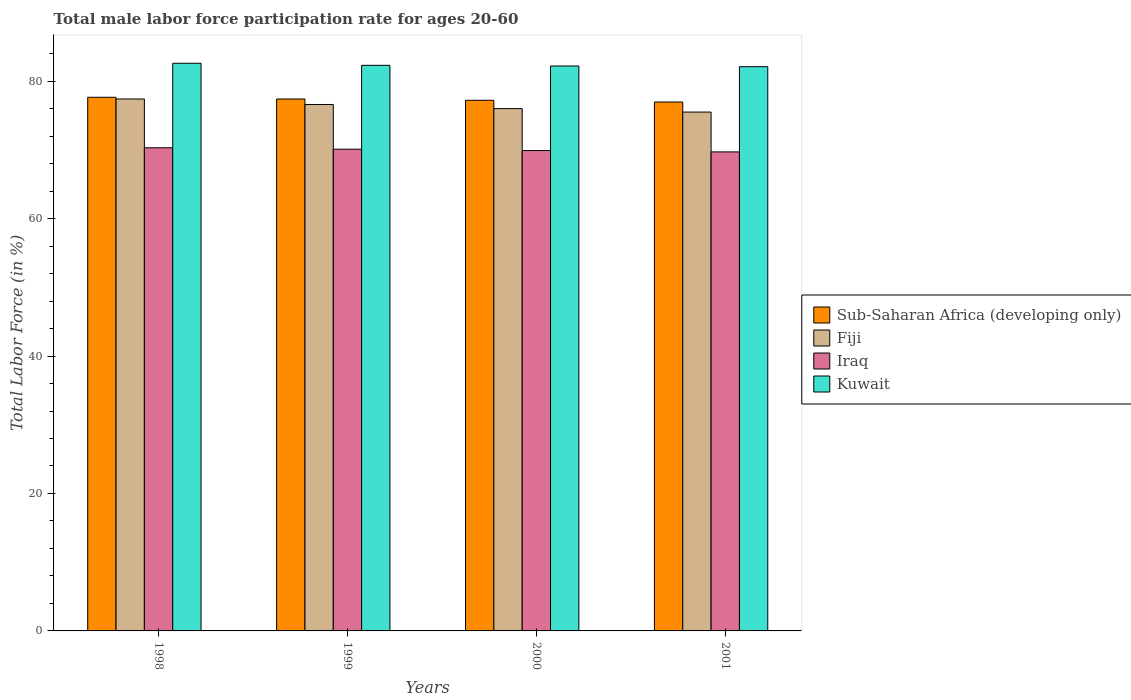
| Years | Sub-Saharan Africa (developing only) | Fiji | Iraq | Kuwait |
 | --- | --- | --- | --- | --- |
 | 1998 | 77.6 | 77.4 | 70.3 | 82.6 |
 | 1999 | 77.4 | 76.6 | 70.1 | 82.3 |
 | 2000 | 77.2 | 76 | 69.9 | 82.2 |
 | 2001 | 77 | 75.5 | 69.7 | 82.1 |